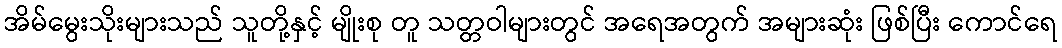
အိမ်မွေးသိုးများသည် သူတို့နှင့် မျိုးစု တူ သတ္တဝါများတွင် အရေအတွက် အများဆုံး ဖြစ်ပြီး ကောင်ရေ